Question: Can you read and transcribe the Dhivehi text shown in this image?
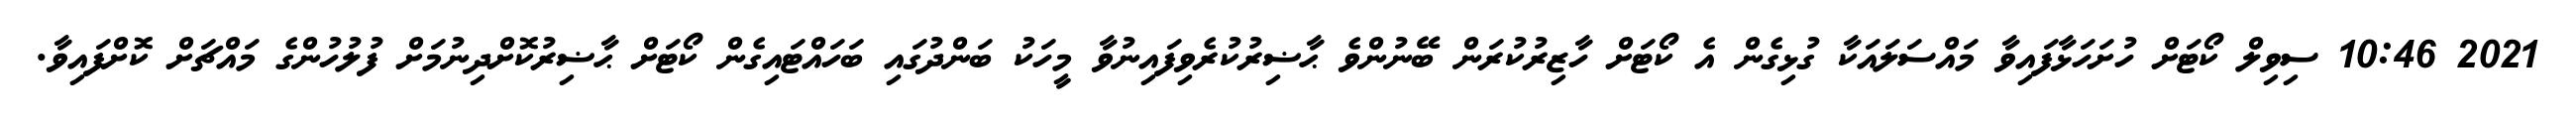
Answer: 2021 10:46 ސިވިލް ކޯޓަށް ހުށަހަޅާފައިވާ މައްސަލައަކާ ގުޅިގެން އެ ކޯޓަށް ހާޒިރުކުރަން ބޭނުންވެ ޙާޟިރުކުރެވިފައިނުވާ މީހަކު ބަންދުގައި ބަހައްޓައިގެން ކޯޓަށް ޙާޟިރުކޮށްދިނުމަށް ފުލުހުންގެ މައްޗަށް ކޮށްފައިވާ.